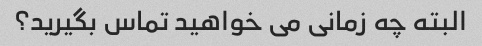
البته چه زمانی می خواهید تماس بگیرید؟